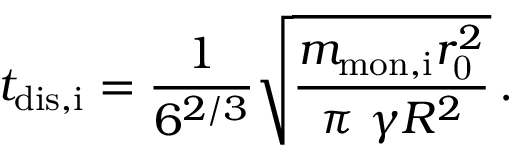
t _ { \mathrm { d i s , i } } = \frac { 1 } { 6 ^ { 2 / 3 } } \sqrt { \frac { m _ { \mathrm { m o n , i } } r _ { \mathrm { 0 } } ^ { 2 } } { \pi \ \gamma R ^ { 2 } } } \, .